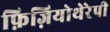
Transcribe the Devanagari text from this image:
फ़िज़ियोथेरेपी